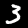
Label: 3